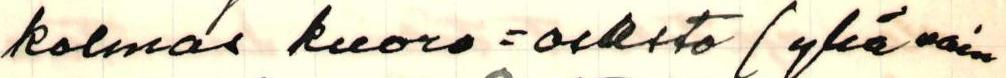
kolmas kuoro=osasto (yhä vain